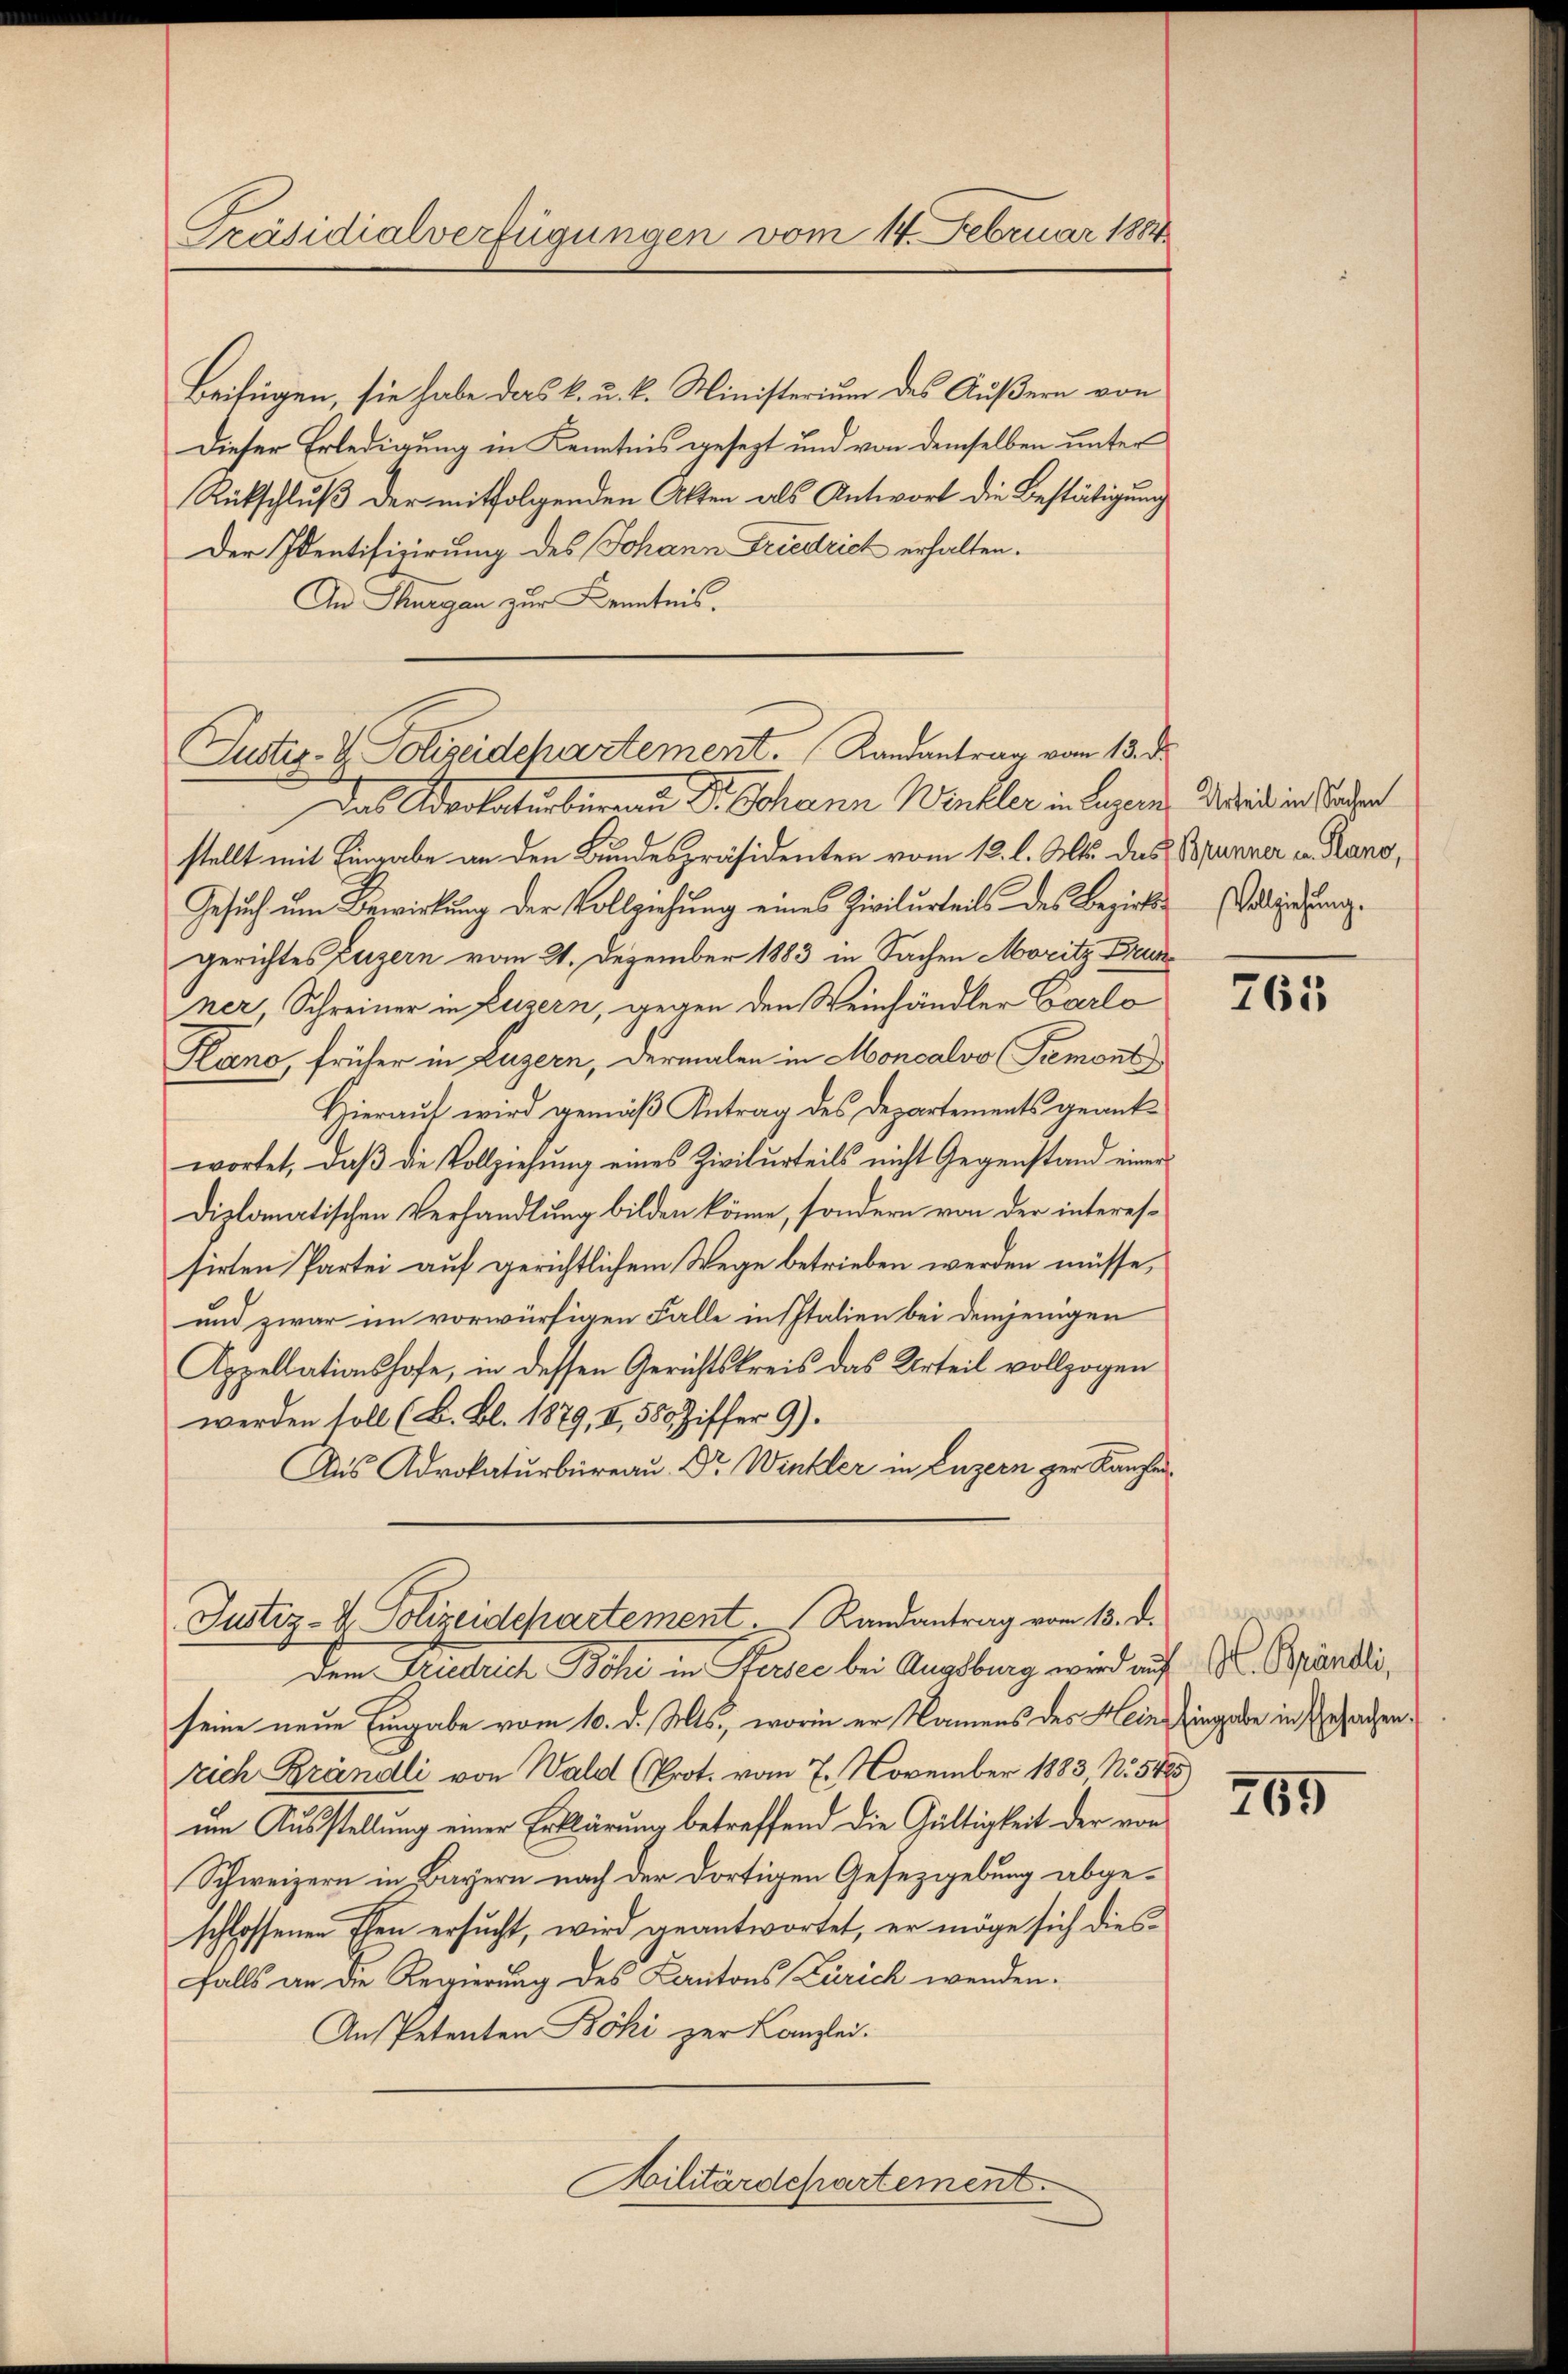
Präsidialverfügungen vom 14. Februar 1884

Beifügen, sie habe das k. u. k. Ministerium des Äußern von
Dieser Erledigung in Kenntnis gesezt und von demselben unter
Rückschluß der mitfolgenden Akten als Antwort die Bestätigung
Der Identifizierung des Johann Friedrich erhalten.
An Thurgau zur Kenntnis.

Justiz- & Polizeidepartement. Randantrag vom 13. d.
Das Advokaturbureau Dr. Johann Winkler in Luzern, die in Standen

stellt mit Eingabe an den Bundespräsidenten vom 13. l. Mts. das Brunner in Kano,
Gesuch um Bewirkung der Vollziehung eines Zivilurteils des Bezirks-Collierung.
gerichtes Luzern vom 21. Dezember 1883 in Sachen Moritz Brunner, Schreiner in Luzern, gegen den Weinhändler Carlo
Kano, früher in Luzern, dermalen in Moncalvo Pemont
Hierauf wird gemäß Antrag des Departements geantwortet, daß die Vollziehung eines Zivilurteils nicht Gegenstand einer
diplomatischen Verhandlung bilden könne, sondern von der interessirten Partei auf gerichtlichem Wege betrieben werden müsse,
und zwar im vorwürfigen Falle in Italien bei demjenigen
Appellationshofe, in dessen Gerichtskreis das Urteil vollzogen
werden soll (B. Bl. 1879, II, 580 Ziffer 9).
Aus Adrokaturbureau. Dr. Winkler in Luzern zur Kanzlei¬

Justiz- & Polizeidepartement. Randantrag vom 13. d.

Dem Fridrich Böhi in Stersee bei Augsburg wird auf M. Brändli,
seine neue Eingabe vom 10. d. Mts., worin er Namens des Meine Eingabe in Gesandtenrich Brändli von Wald (Prot. vom 7. November 1883, No. 5485)
um Ausstellung einer Erklärung betreffend die Gültigkeit der von
Schweizern in Bayern nach der dortigen Gesetzgebung abgeschlossenen Ehen ersucht, wird geantwortet, er möge sich diesfalls an die Regierung des Kantons Zürich wenden.
An Petenten Böhi zur Kanzlei.
Militärdepartement.

765

769